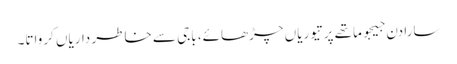
سارا دن جیجو ماتھے پر تیوریاں چڑھائے، باجی سے خاطر داریاں کرواتا۔